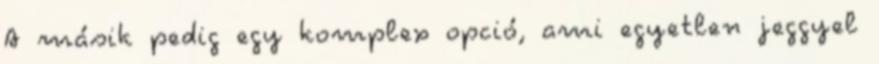
A másik pedig egy komplex opció, ami egyetlen jeggyel